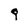
Character: 9